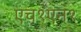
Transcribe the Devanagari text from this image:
एच१एन१